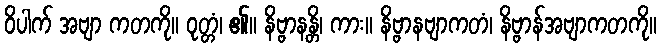
ဝိပါက် အဗျာ ကတကို။ ဝုတ္တံ၊ ၏။ နိဗ္ဗာနန္တိ၊ ကား။ နိဗ္ဗာနဗျာကတံ၊ နိဗ္ဗာန်အဗျာကတကို။